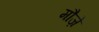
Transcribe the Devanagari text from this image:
मौज़े